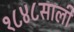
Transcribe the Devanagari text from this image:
१८४८साली